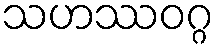
သဟဿဝဂ္ဂ